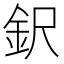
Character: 鈬